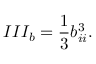
I I I _ { b } = \frac { 1 } { 3 } b _ { i i } ^ { 3 } .